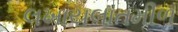
લખાયલાતમીળ